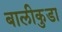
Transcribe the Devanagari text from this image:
बालीकुडा